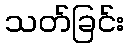
သတ်ခြင်း